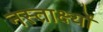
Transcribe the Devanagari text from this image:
नस्तार्क्ष्यो